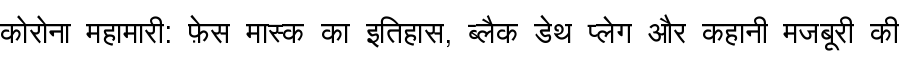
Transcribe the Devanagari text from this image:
कोरोना महामारी: फ़ेस मास्क का इतिहास, ब्लैक डेथ प्लेग और कहानी मजबूरी की